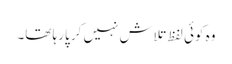
وہ کوئی لفظ تلاش نہیں کر پارہا تھا۔